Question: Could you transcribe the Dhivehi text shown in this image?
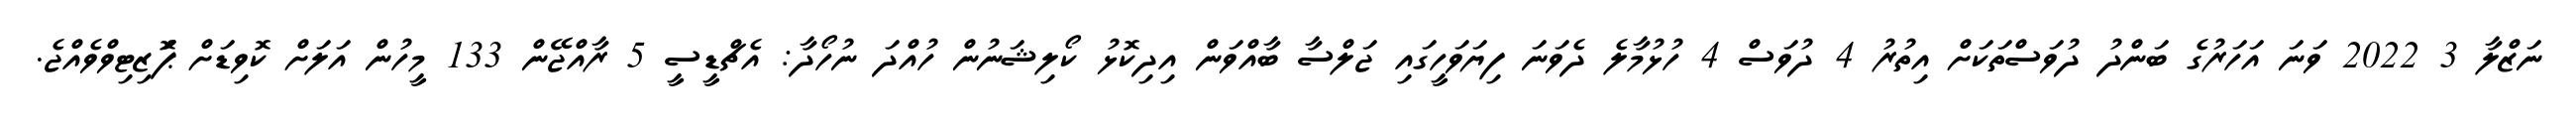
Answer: ނަޒްލާ 3 2022 ވަނަ އަހަރުގެ ބަންދު ދުވަސްތަކަށް އިތުރު 4 ދުވަސް 4 ހުޅުމާލެ ދެވަނަ ފިޔަވަހީގައި ޖަލްސާ ބާއްވަން އިދިކޮޅު ކޯލިޝަނުން ހުއްދަ ނުހޯދާ: އެޗްޑީސީ 5 ރާއްޖޭން 133 މީހުން އަލަށް ކޮވިޑަށް ޕަޮޒިޓިވްވެއްޖެ.